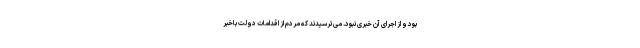
بود و از اجرای آن خبری نبود. می‌ترسیدند که مردم از اقدامات دولت باخبر